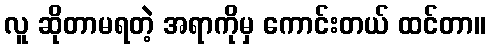
လူ ဆိုတာမရတဲ့ အရာကိုမှ ကောင်းတယ် ထင်တာ။